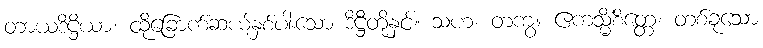
တာယဒိဋ္ဌိယာ၊ ထိုခြောက်ဆယ့်နှစ်ပါးသော ဒိဋ္ဌိတို့နှင့်။ သဟ၊ တကွ။ ဧကသ္မိံစိတ္တေ၊ တစ်ခုသော